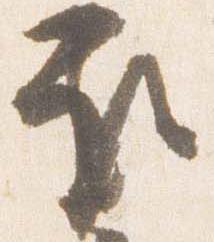
取